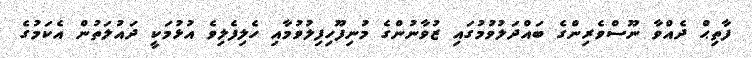
ފާތިޙް ދެއްވާ ނޫސްވެރިންގެ ބައްދަލުވުމުގައި ޒުވާނުންގެ މުނިފޫހިފިލުވުމާއި ހެލިފެލިވެ އުޅުމަކީ ދައުލަތުން އެކަމުގެ